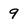
Character: 9